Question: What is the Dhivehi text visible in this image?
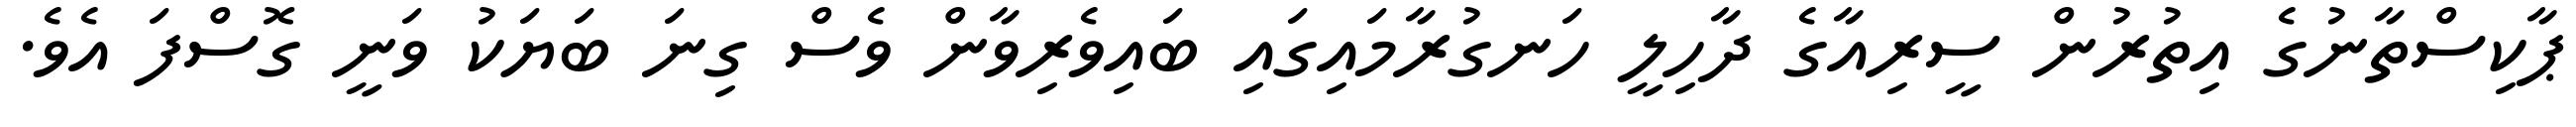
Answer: ޕާކިސްތާނުގެ އިތުރުން ސީރިއާގެ ދާހިލީ ހަނގުރާމައިގައި ބައިވެރިވާން ވެސް ގިނަ ބަޔަކު ވަނީ ގޮސްފަ އެވެ.